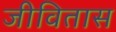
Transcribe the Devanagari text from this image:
जीवितास